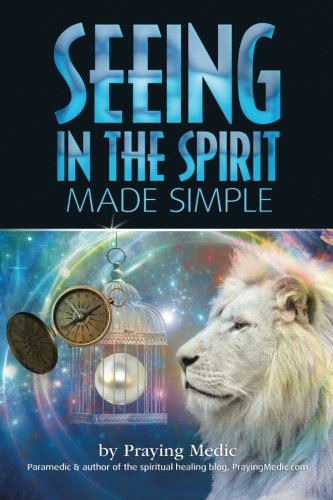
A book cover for Seeing in the Spirit Made Simple (The Kingdom of God Made Simple) (Volume 2); Praying Medic; Christian Books & Bibles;